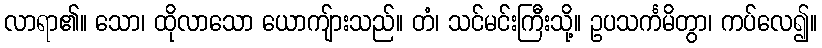
လာရာ၏။ သော၊ ထိုလာသော ယောကျ်ားသည်။ တံ၊ သင်မင်းကြီးသို့။ ဥပသင်္ကမိတွာ၊ ကပ်လေ၍။